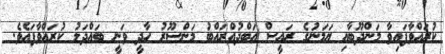
ކުރައްވާފައިވާ މަންދޫބާއި ޔަމަނުގެ ރައީސް އަބްދުއްރައްބު މަންސޫރު ހާދީ ވަނީ ބައްދަލު ކުރައްވާފައެވެ.